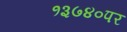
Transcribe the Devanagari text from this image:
१३७४०पर